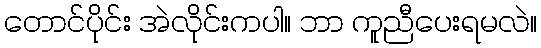
တောင်ပိုင်း အဲလိုင်းကပါ။ ဘာ ကူညီပေးရမလဲ။